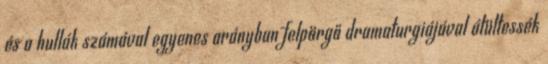
és a hullák számával egyenes arányban felpörgő dramaturgiájával átültessék